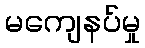
မကျေနပ်မှု